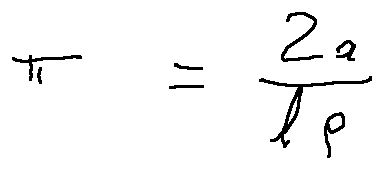
\pi = \frac { 2 a } { l p }